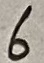
Text: 6